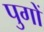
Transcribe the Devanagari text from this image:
पुगों